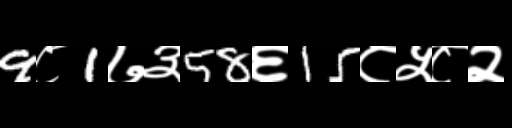
Text: 9८1७३58६15८५८२